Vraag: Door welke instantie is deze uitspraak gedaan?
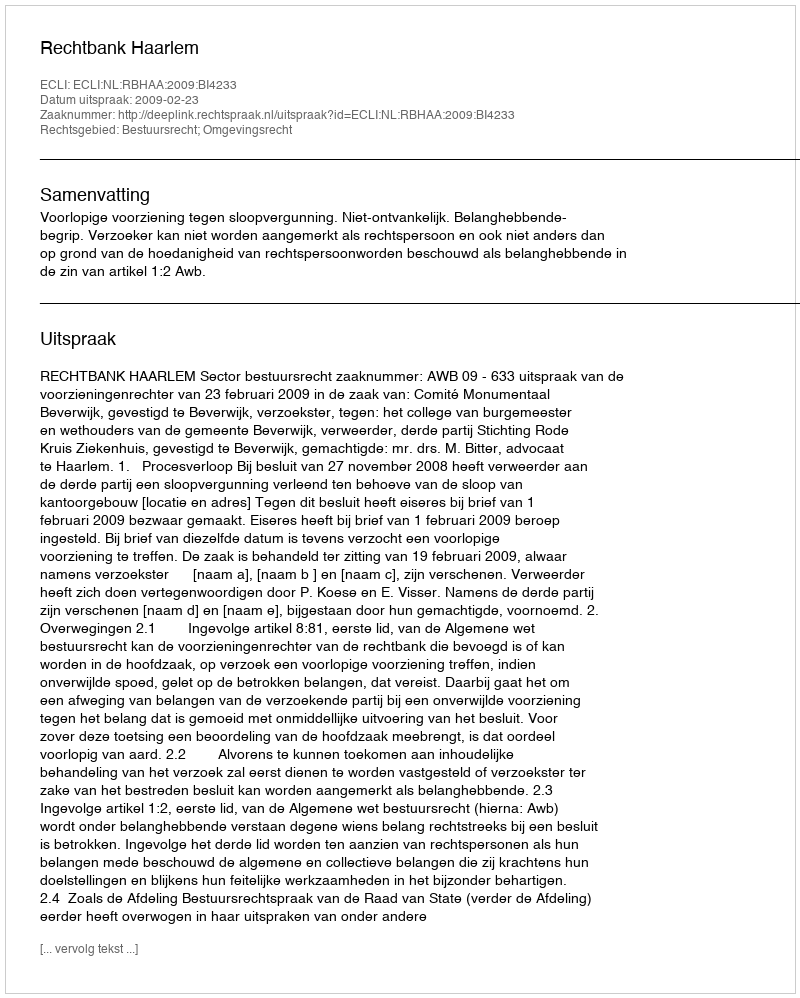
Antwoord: Rechtbank Haarlem